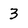
Character: 3